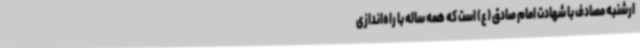
ارشنبه مصادف با شهادت امام صادق (ع) است که همه ساله با راه‌اندازی